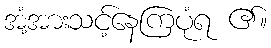
အံ့အားသင့်နေကြပုံရ ၏။